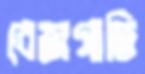
বেজগাতি